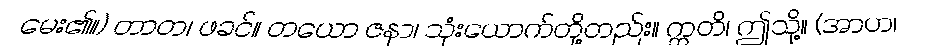
မေး၏။) တာတ၊ ဖခင်။ တယော ဇနာ၊ သုံးယောက်တို့တည်း။ ဣတိ၊ ဤသို့။ (အာဟ၊